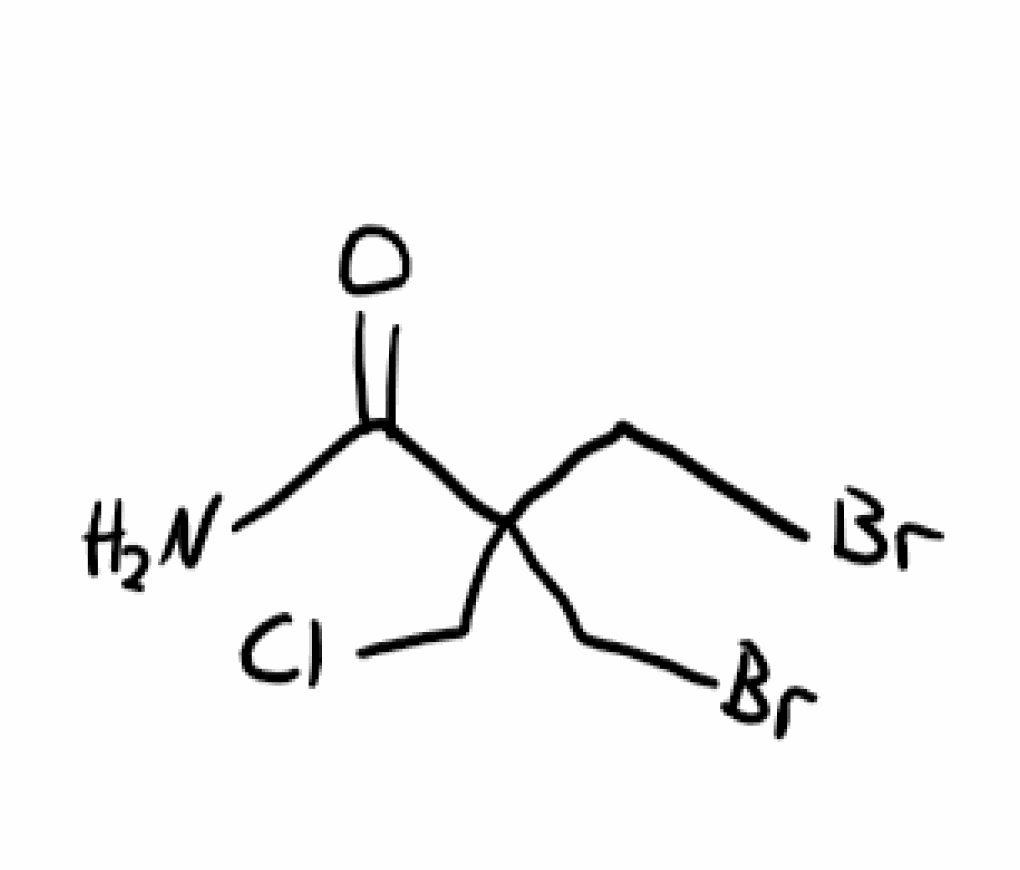
Simplified molecular-input line-entry system (SMILES) notation of the given molecule:
C(C(CBr)(CBr)C(=O)N)Cl